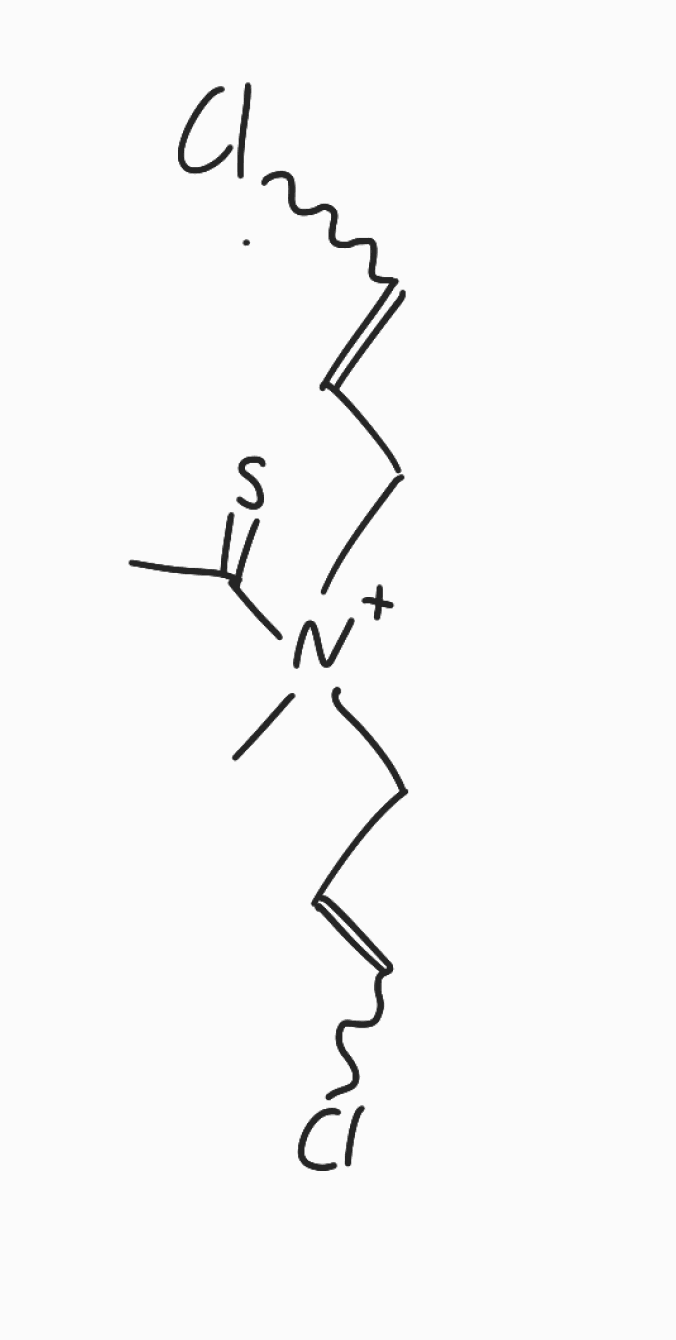
Simplified molecular-input line-entry system (SMILES) notation of the given molecule:
CC(=S)[N+](C)(CC=CCl)CC=CCl